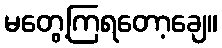
မတွေ့ကြရတော့ချေ။